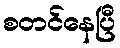
စတင်နေပြီ